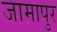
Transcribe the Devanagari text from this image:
जामापुर